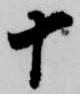
十